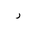
Letter: _ra